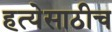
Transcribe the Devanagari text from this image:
हत्येसाठीच